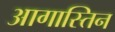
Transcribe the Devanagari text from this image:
आगास्तिन